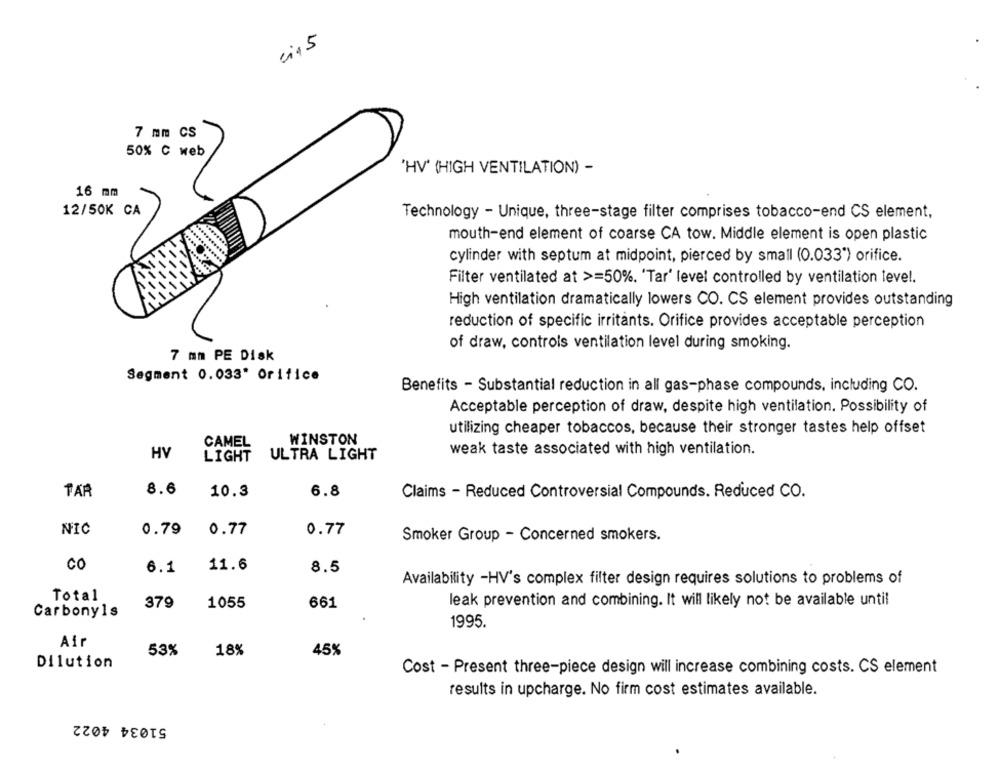
7 mm CS
50% C web
'HV' (HIGH VENTILATION) -
16 mm
12/50K CA
Technology - Unique, three-stage filter comprises tobacco-end CS element,
mouth-end element of coarse CA tow. Middle element is open plastic
cylinder with septum at midpoint, pierced by small (0.033") orifice.
Filter ventilated at >=50%. 'Tar' level controlled by ventilation level.
High ventilation dramatically lowers CO. CS element provides outstanding
reduction of specific irritants. Orifice provides acceptable perception
of draw, controls ventilation level during smoking.
7 mm PE Disk
Segment 0.033' Orifice
Benefits - Substantial reduction in all gas-phase compounds, including CO.
Acceptable perception of draw, despite high ventilation. Possibility of
utilizing cheaper tobaccos, because their stronger tastes help offset
WINSTON
CAMEL
HV
ULTRA LIGHT
weak taste associated with high ventilation.
LIGHT
PAR
8.6
10.3
6.8
Claims - Reduced Controversial Compounds. Reduced CO.
NIC
0.79
0.77
0.77
Smoker Group - Concerned smokers.
CO
6.1
11.6
8.5
Availability -HV's complex filter design requires solutions to problems of
Total
379
1055
661
leak prevention and combining. It will likely not be available until
Carbonyls
1995.
Air
53%
18%
45%
Dilution
Cost - Present three-piece design will increase combining costs. CS element
results in upcharge. No firm cost estimates available.
51034 4022